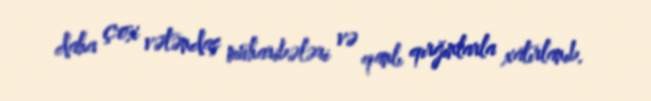
daha çox vətəndaş müharibələri və qanlı qırğınlarla xatırlanıb.